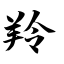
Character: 羚